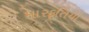
મારફતિયા